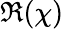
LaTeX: \Re(\chi)